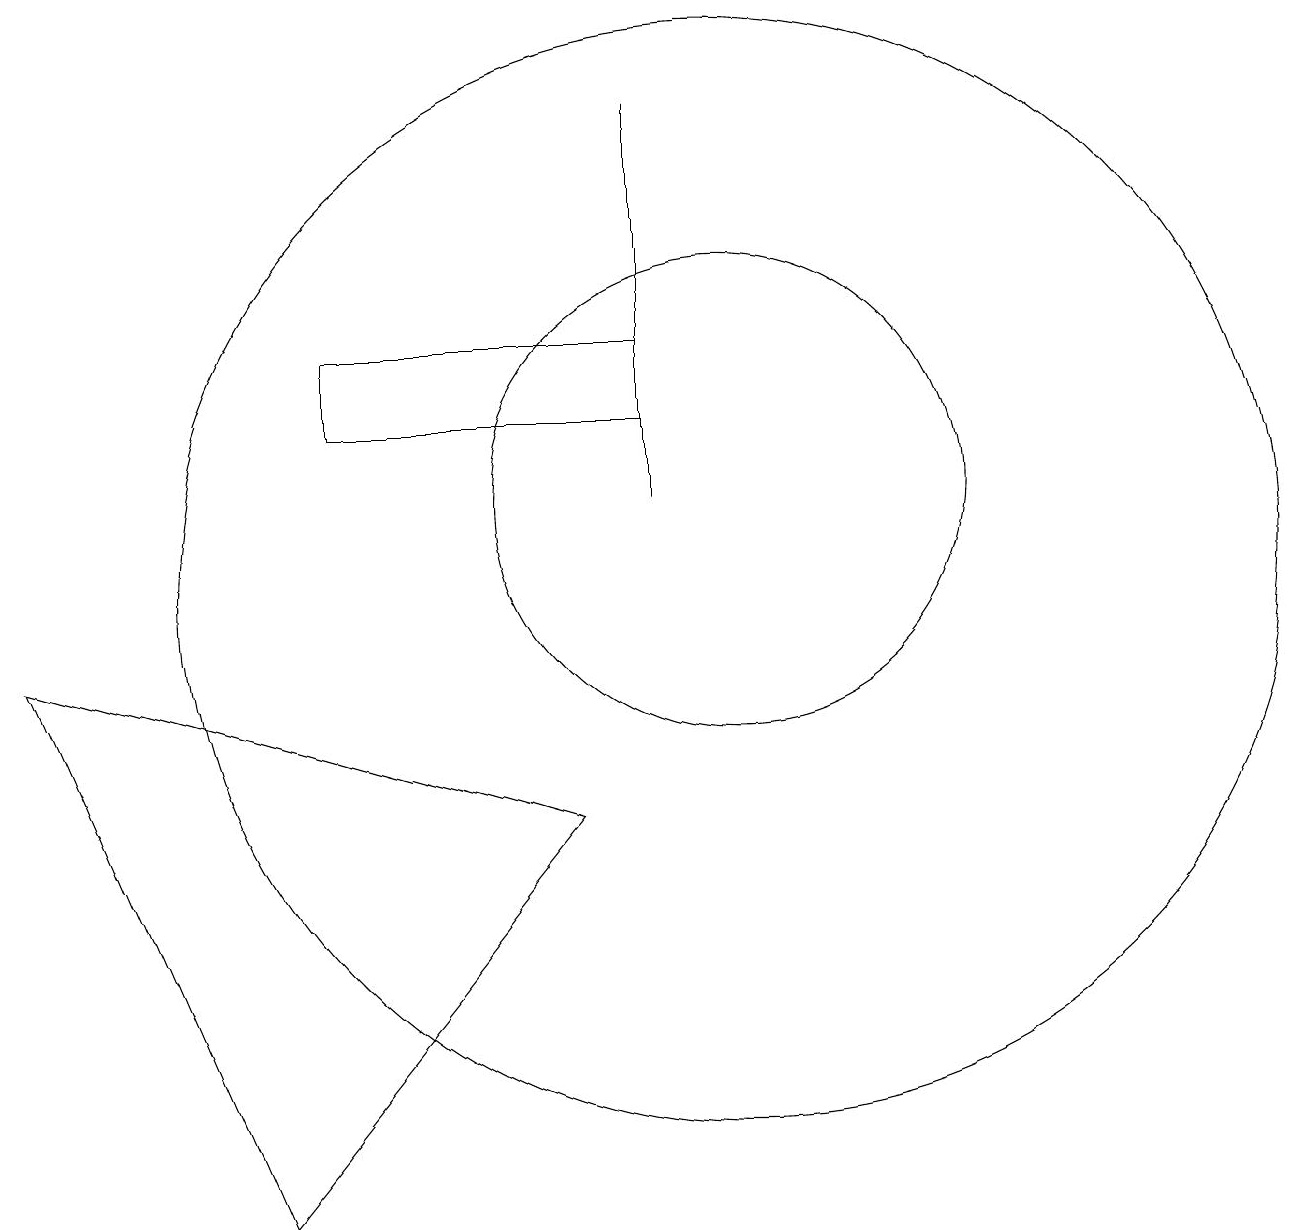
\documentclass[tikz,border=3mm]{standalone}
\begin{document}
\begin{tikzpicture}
\draw (9,13) rectangle (5,12);
\draw (10,10) circle (7);
\draw (10,11) circle (3);
\draw (9,16) rectangle (9,11);
\draw (8,7) -- (4,2) -- (1,9) -- cycle;
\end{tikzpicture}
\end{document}